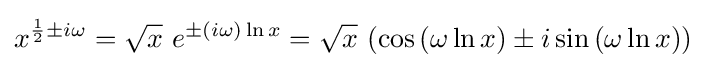
x^{{\frac {1}{2}}\pm i\omega }={\sqrt {x}}\ e^{\pm (i\omega )\ln {x}}={\sqrt {x}}\ (\cos {(\omega \ln x)}\pm i\sin {(\omega \ln x)})